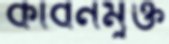
কার্বনমুক্ত